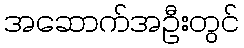
အဆောက်အဦးတွင်